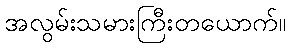
အလွမ်းသမားကြီးတယောက်။